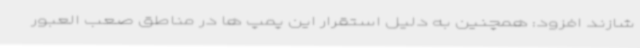
شازند افزود: همچنین به دلیل استقرار این پمپ ها در مناطق صعب العبور